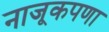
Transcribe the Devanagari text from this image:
नाजूकपणा